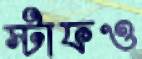
স্টাফও